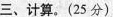
三、计算。(25分)